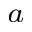
^ { a }